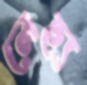
লেহ্য